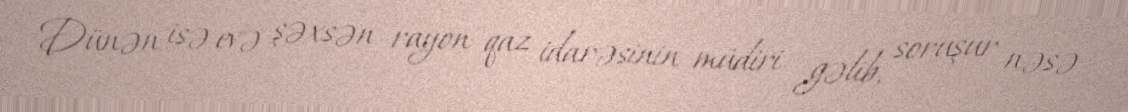
Dünən isə evə şəxsən rayon qaz idarəsinin müdiri gəlib, soruşur nəsə